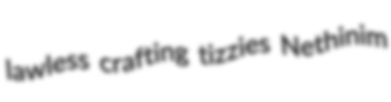
lawless crafting tizzies Nethinim